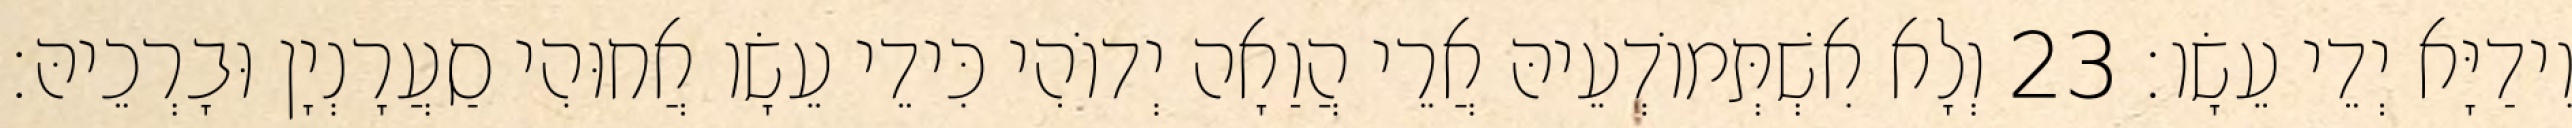
וִידַיָּא יְדֵי עֵשָׂו׃ 23 וְלָא אִשְׁתְּמוֹדְעֵיהּ אֲרֵי הֲוַאָה יְדוֹהִי כִּידֵי עֵשָׂו אֲחוּהִי סַעֲרָנְיָן וּבָרְכֵיהּ׃